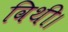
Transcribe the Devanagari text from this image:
विथी।